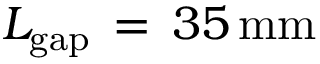
L _ { \mathrm { { g a p } } } \, = \, 3 5 \, \mathrm { { m m } }